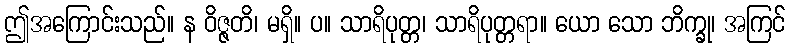
ဤအကြောင်းသည်။ န ဝိဇ္ဇတိ၊ မရှိ။ ပ။ သာရိပုတ္တ၊ သာရိပုတ္တရာ။ ယော သော ဘိက္ခု၊ အကြင်